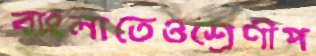
বাংলাতেওশ্রেণীপ